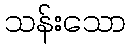
သန်းသော